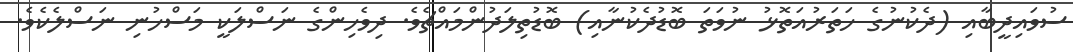
ސުވައިދީބާއި (ދެކުނުގެ ހަތަރުއަތޮޅު ނުވަތަ ބޮޑުދެކުނާއި) ބޮޑުތިލަދުންމައްޗެވެ. ދިވެހިންގެ ނަސްލަކީ މަސްހުނި ނަސްލެކެވެ.